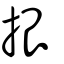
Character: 拫